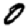
Digit: 0